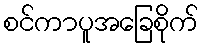
စင်ကာပူအခြေစိုက်